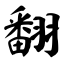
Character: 翻